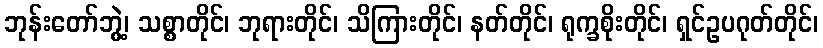
ဘုန်းတော်ဘွဲ့၊ သစ္စာတိုင်၊ ဘုရားတိုင်၊ သိကြားတိုင်၊ နတ်တိုင်၊ ရုက္ခစိုးတိုင်၊ ရှင်ဥပဂုတ်တိုင်၊